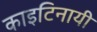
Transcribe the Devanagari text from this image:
काइटिनायी